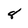
Character: 8